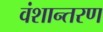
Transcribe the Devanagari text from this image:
वंशान्तरण